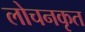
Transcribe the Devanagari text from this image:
लोचनकृत